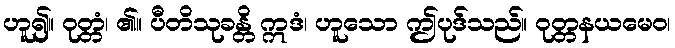
ဟူ၍။ ဝုတ္တံ၊ ၏။ ပီတိသုခန္တိ ဣဒံ၊ ဟူသော ဤပုဒ်သည်။ ဝုတ္တနယမေဝ၊